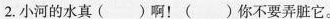
2.小河的水真( )啊！( )你不要弄脏它。